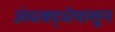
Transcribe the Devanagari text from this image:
अंधश्रद्धेपासून